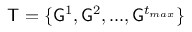
\mathsf { T } = \{ \mathsf { G } ^ { 1 } , \mathsf { G } ^ { 2 } , . . . , \mathsf { G } ^ { t _ { m a x } } \}